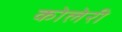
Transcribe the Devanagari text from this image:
कोलेरी